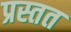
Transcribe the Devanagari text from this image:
प्रस्तत